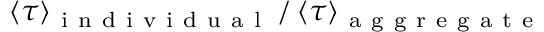
\left\langle \tau \right\rangle _ { \mathrm { ~ i ~ n ~ d ~ i ~ v ~ i ~ d ~ u ~ a ~ l ~ } } / \left\langle \tau \right\rangle _ { \mathrm { ~ a ~ g ~ g ~ r ~ e ~ g ~ a ~ t ~ e ~ } }